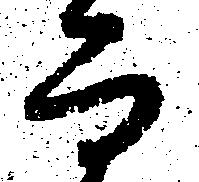
而